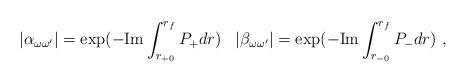
LaTeX: \begin{align*}|\alpha_{\omega \omega'}| = \exp( -\mbox{Im}\int_{r_{+0}}^{r_f}P_{+}dr)\;\;\;|\beta_{ \omega \omega'}| = \exp( -\mbox{Im}\int_{r_{-0}}^{r_f}P_{-}dr)~,\end{align*}